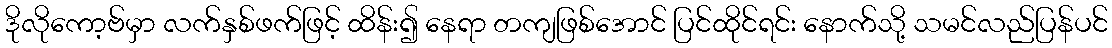
ဒိုလိုကော့ဗ်မှာ လက်နှစ်ဖက်ဖြင့် ထိန်း၍ နေရာ တကျဖြစ်အောင် ပြင်ထိုင်ရင်း နောက်သို့ သမင်လည်ပြန်ပင်